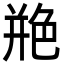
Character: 艵